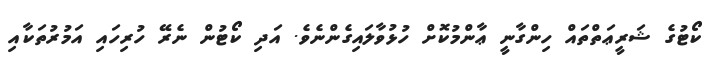
ކޯޓުގެ ޝަރީޢަތްތައް ހިންގާނީ ޢާންމުކޮށް ހުޅުވާލައިގެންނެވެ. އަދި ކޯޓުން ނެރޭ ހުރިހައި އަމުރުތަކާއި